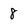
Character: 8